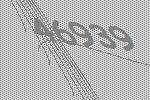
46939